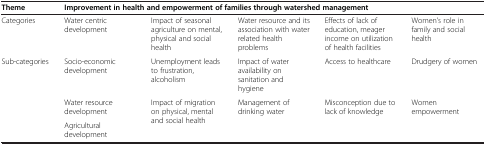
<table><thead><tr><td><b>Theme</b></td><td colspan="5"><b>Improvement in health and empowerment of families through watershed management</b></td></tr></thead><tbody><tr><td>Categories</td><td>Water centric development</td><td>Impact of seasonal agriculture on mental, physical and social health</td><td>Water resource and its association with water related health problems</td><td>Effects of lack of education, meager income on utilization of health facilities</td><td>Women’s role in family and social health</td></tr><tr><td rowspan="3">Sub-categories</td><td>Socio-economic development</td><td>Unemployment leads to frustration, alcoholism</td><td>Impact of water availability on sanitation and hygiene</td><td>Access to healthcare</td><td>Drudgery of women</td></tr><tr><td>Water resource development</td><td rowspan="2">Impact of migration on physical, mental and social health</td><td rowspan="2">Management of drinking water</td><td rowspan="2">Misconception due to lack of knowledge</td><td rowspan="2">Women empowerment</td></tr><tr><td>Agricultural development</td></tr></tbody></table>